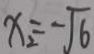
x _ { 2 } = - \sqrt { 6 }